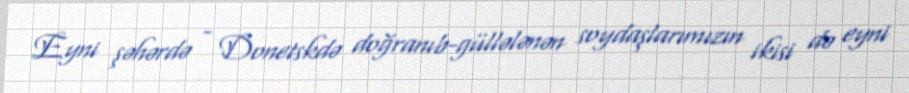
Eyni şəhərdə - Donetskdə doğranıb-güllələnən soydaşlarımızın ikisi də eyni